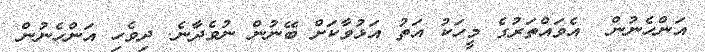
އަންހެނުން  އެވައްތަރުގެ މީހަކު އަތު އަޅުވާކަށް ބޭނުން ނުވެދާނެ. ދިވެހި އަންހެނުން